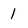
Character: 1